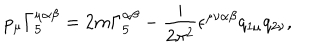
p _ { \mu } \Gamma _ { 5 } ^ { \mu \alpha \beta } = 2 m \Gamma _ { 5 } ^ { \alpha \beta } - \frac { i } { 2 \pi ^ { 2 } } \epsilon ^ { \mu \nu \alpha \beta } q _ { 1 \mu } q _ { 2 \nu } ,